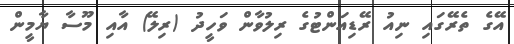
އޭގެ ތެރޭގައި ނިއު ރޭޑިއަންޓުގެ ރިލުވާން ވަހީދު (ރިލޭ) އާއި މޫސާ ޔާމީން